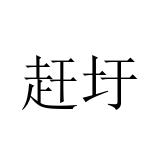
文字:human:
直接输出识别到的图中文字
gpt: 赶圩